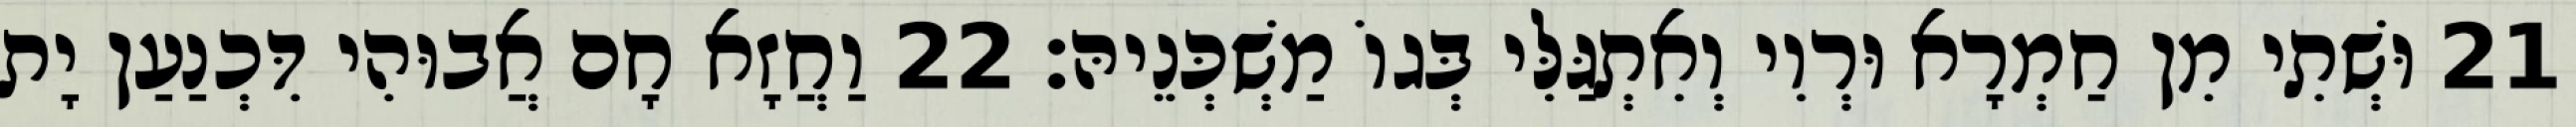
21 וּשְׁתִי מִן חַמְרָא וּרְוִי וְאִתְגַּלִּי בְּגוֹ מַשְׁכְּנֵיהּ׃ 22 וַחֲזָא חָם אֲבוּהִי דִּכְנַעַן יָת